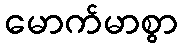
မောက်မာစွာ